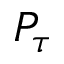
P _ { \tau }